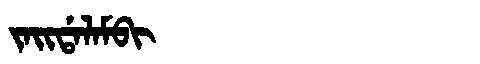
Manchu: ᠵᠠᡳᡩᠠᠯᠠᠮᠪᡳ
Romanization: JAIDALAMBI